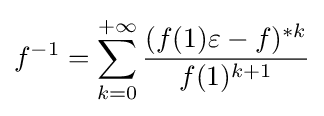
f^{-1}=\sum _{k=0}^{+\infty }{\frac {(f(1)\varepsilon -f)^{*k}}{f(1)^{k+1}}}